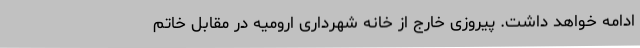
ادامه خواهد داشت. پیروزی خارج از خانه شهرداری ارومیه در مقابل خاتم